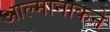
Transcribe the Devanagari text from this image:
आल्मानाकने